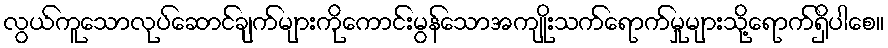
လွယ်ကူသောလုပ်ဆောင်ချက်များကိုကောင်းမွန်သောအကျိုးသက်ရောက်မှုများသို့ရောက်ရှိပါစေ။